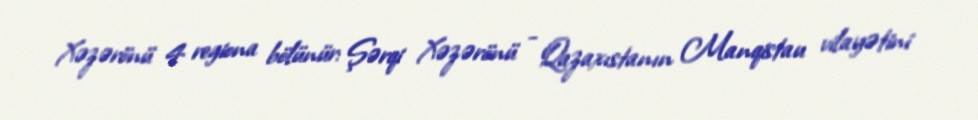
Xəzərönü 4 regiona bölünür: Şərqi Xəzərönü - Qazaxıstanın Manqistau vilayətini